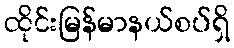
ထိုင်းမြန်မာနယ်စပ်ရှိ